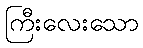
ကြီးလေးသော